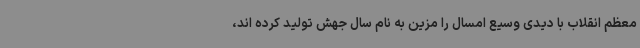
معظم انقلاب با دیدی وسیع امسال را مزین به نام سال جهش تولید کرده اند،